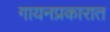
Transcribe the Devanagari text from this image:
गायनप्रकारात